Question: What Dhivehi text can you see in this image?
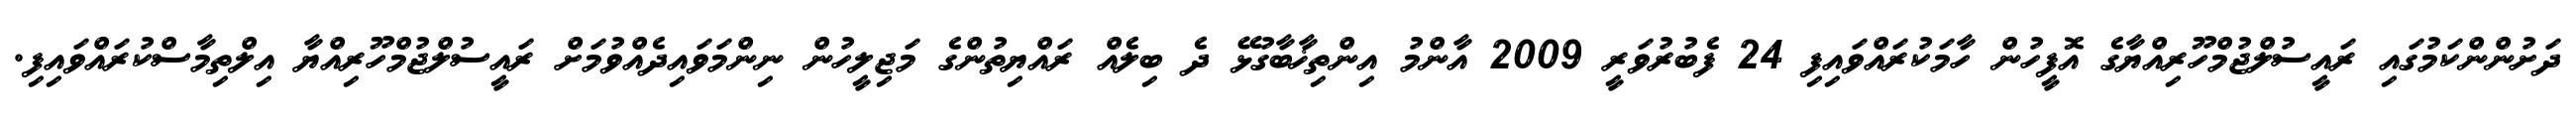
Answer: ދަށުންންކަމުގައި ރައީސުލްޖުމްހޫރިއްޔާގެ އޮފީހުން ހާމަކުރައްވައިފި 24 ފެބުރުވަރީ 2009 އާންމު އިންތިޚާބާގުޅޭ ދެ ބިލެއް ރައްޔިތުންގެ މަޖިލީހުން ނިންމަވައިދެއްވުމަށް ރައީސުލްޖުމްހޫރިއްޔާ އިލްތިމާސްކުރައްވައިފި.